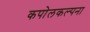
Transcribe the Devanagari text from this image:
कपोलकल्पना